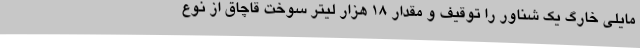
مایلی خارگ یک شناور را توقیف و مقدار 18 هزار لیتر سوخت قاچاق از نوع